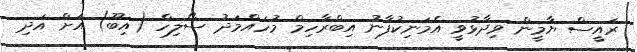
ރައީސް ޔާމީން ވިދާޅުވީ އެމަނިކުފާނު އިބްރާހިމް މުހައްމަދު ސޯލިހް (އިބޫ) އަށް އަދި